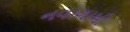
નવાગામી